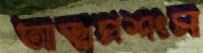
আত্মপ্রশংসা